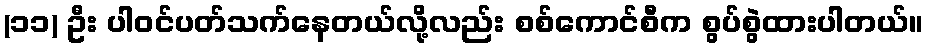
(၁၁) ဦး ပါဝင်ပတ်သက်နေတယ်လို့လည်း စစ်ကောင်စီက စွပ်စွဲထားပါတယ်။